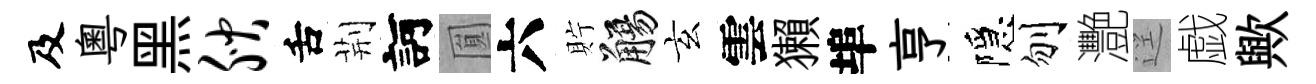
及粵黑腴舌荆訶圎六貯觴玄雲獺埠亨隱刎灧逕戯歟